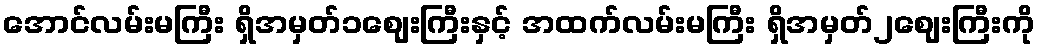
အောင်လမ်းမကြီး ရှိအမှတ်၁ဈေးကြီးနှင့် အထက်လမ်းမကြီး ရှိအမှတ်၂ဈေးကြီးကို